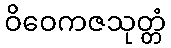
ဝိဝေကဇသုတ္တံ